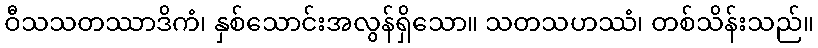
ဝီသသတဿာဒိကံ၊ နှစ်သောင်းအလွန်ရှိသော။ သတသဟဿံ၊ တစ်သိန်းသည်။